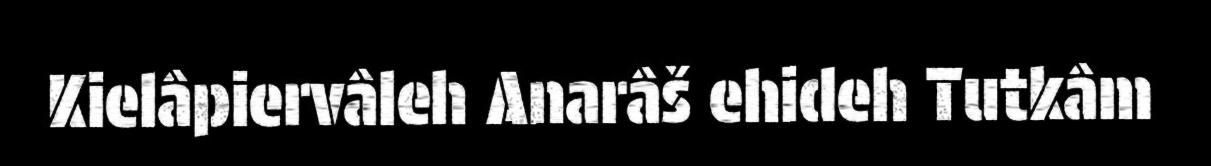
Kielâpiervâleh Anarâš ehideh Tutkâm